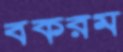
বকরম